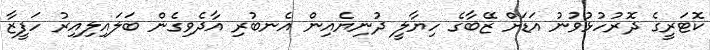
ކޮޓަރީގެ ދޮރުހުޅުވުނު އަޑަށް ޒޭބާގެ ހިޔާލީ ދުނިޔެއިން އެނބުރި އާދެވިގެން ބަލައިލިއިރު ހަފީޒާ